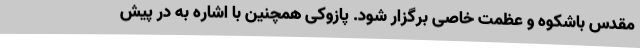
مقدس باشکوه و عظمت خاصی برگزار شود. پازوکی همچنین با اشاره به در پیش